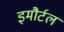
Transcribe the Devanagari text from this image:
इमौर्टल